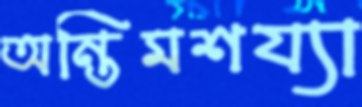
অন্তিমশয্যা